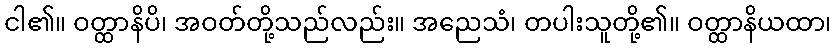
ငါ၏။ ဝတ္ထာနိပိ၊ အဝတ်တို့သည်လည်း။ အညေသံ၊ တပါးသူတို့၏။ ဝတ္ထာနိယထာ၊